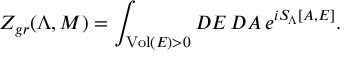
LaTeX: Z _ { g r } ( \Lambda , { \cal M } ) = \int _ { \mathrm { V o l } ( E ) > 0 } { \cal D } E \, { \cal D } A \, e ^ { i S _ { \Lambda } [ A , E ] } .